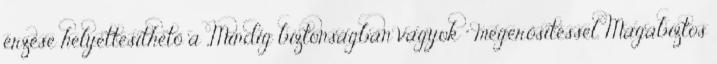
érzése helyettesíthető a „Mindig biztonságban vagyok ” megerősítéssel. Magabiztos